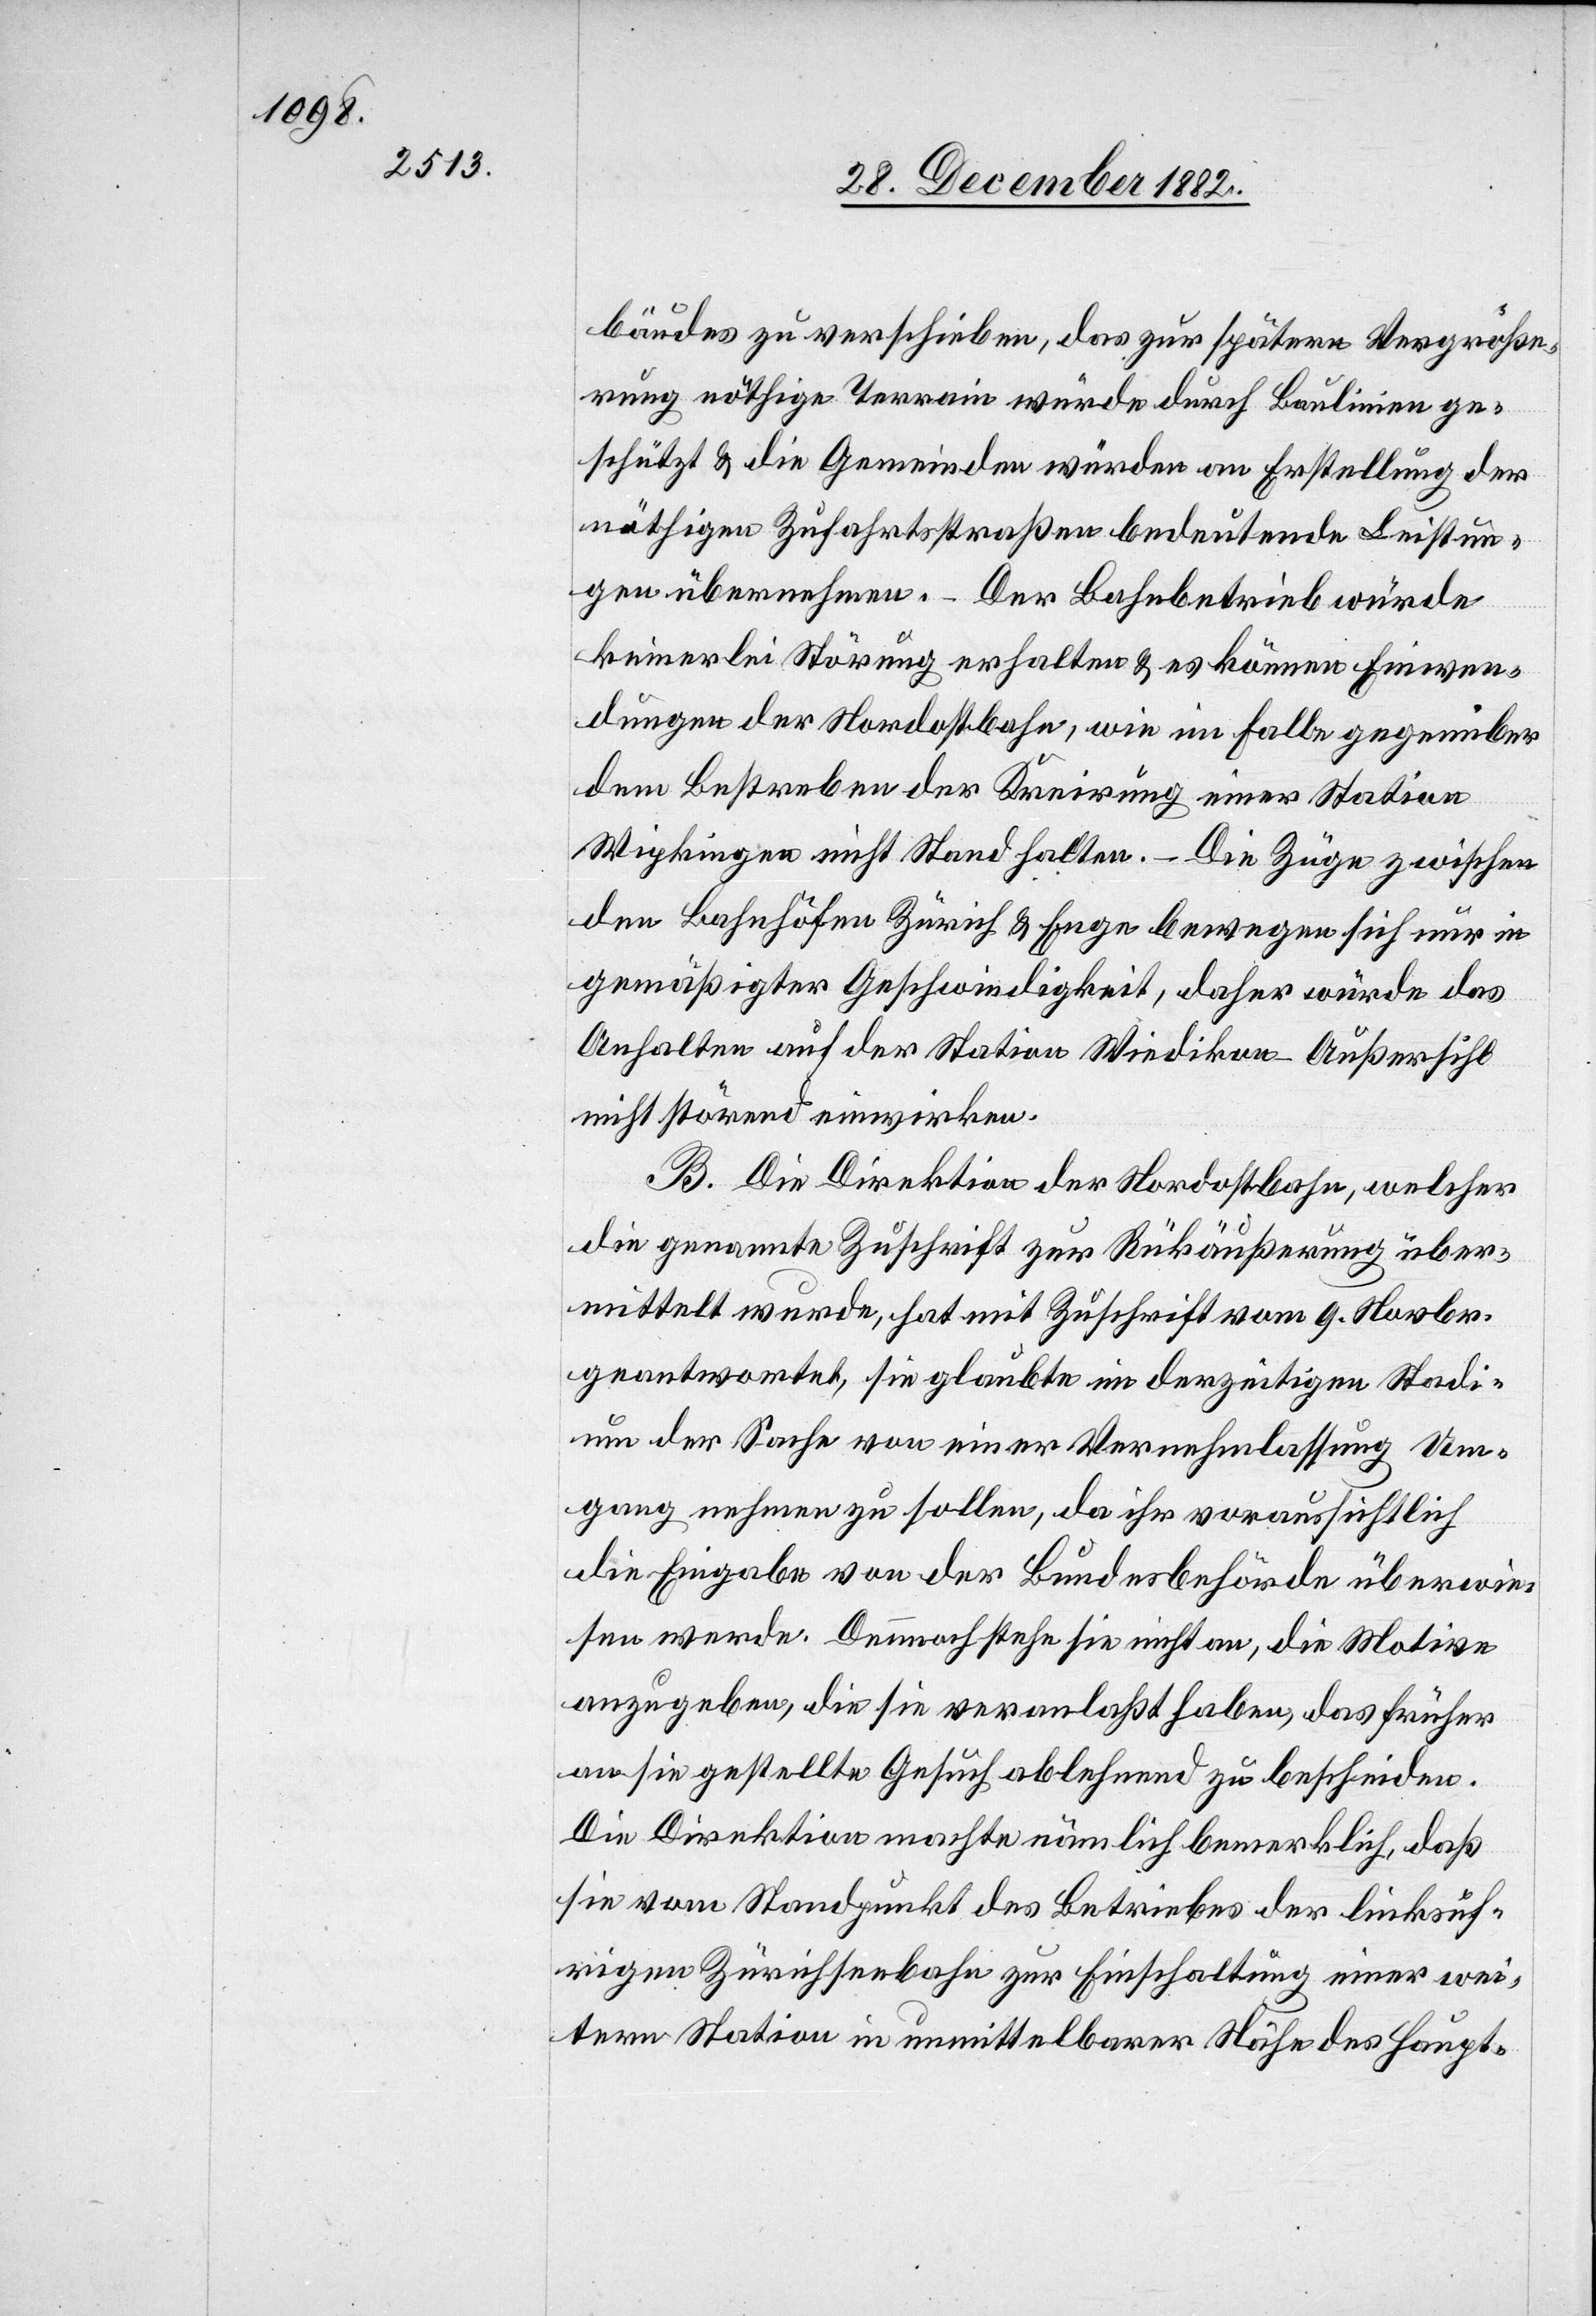
bäudes zu verschieben, das zur spätern Vergröße¬
rung nöthige Terrain würde durch Baulinien ge¬
schützt & die Gemeinden würden an Erstellung der
nöthigen Zufahrtsstraßen bedeutende Leistun¬
gen übernehmen. – Der Bahnbetrieb würde
keinerlei Störung erhalten & es können Einwen¬
dungen der Nordostbahn, wie im Falle gegenüber
dem Bestreben der Kreirung einer Station
Wipkingen nicht Stand halten. – Die Züge zwischen
den Bahnhöfen Zürich & Enge bewegen sich nur in
gemäßigter Geschwindigkeit, daher würde das
Anhalten auf der Station Wiedikon-Außersihl
nicht störend einwirken.
B. Die Direktion der Nordostbahn, welcher
die genannte Zuschrift zur Rückäußerung über¬
mittelt wurde, hat mit Zuschrift vom 9. Novbr.
geantwortet, sie glaubte im derzeitigen Stadi¬
um der Sache von einer Vernehmlassung Um¬
gang nehmen zu sollen, da ihr voraussichtlich
die Eingabe von der Bundesbehörde überwie¬
sen werde. Dennoch stehe sie nicht an, die Motive
anzugeben, die sie veranlaßt haben, das früher
an sie gestellte Gesuch ablehnend zu bescheiden.
Die Direktion machte nämlich bemerklich, daß
sie vom Standpunkt des Betriebes der linksuf¬
rigen Zürichseebahn zu Einschaltung einer wei¬
tern Station in unmittelbarer Nähe des Haupt-